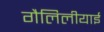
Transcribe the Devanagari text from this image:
गैलिलीयाई